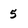
Character: 5